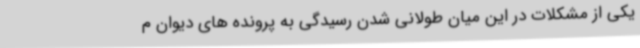
یکی از مشکلات در این میان طولانی شدن رسیدگی به پرونده های دیوان م